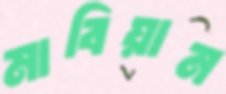
মাবিয়ান